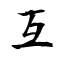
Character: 互